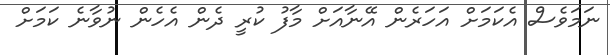
ނަމަވެސް އެކަމަށް އަހަރެން އޭނާއަށް މާފު ކުރީ ދެން އެހެން ނުވާނެ ކަމަށް